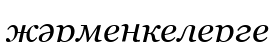
жәрмеңкелерге